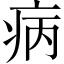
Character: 病